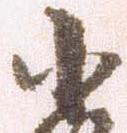
小